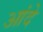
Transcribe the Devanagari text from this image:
आंदे